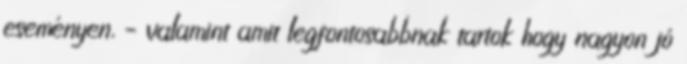
eseményen, – valamint amit legfontosabbnak tartok hogy nagyon jó